Plague in India, 1896, 1897 - Volume 1
Year: 1896
Disease focus: Plague
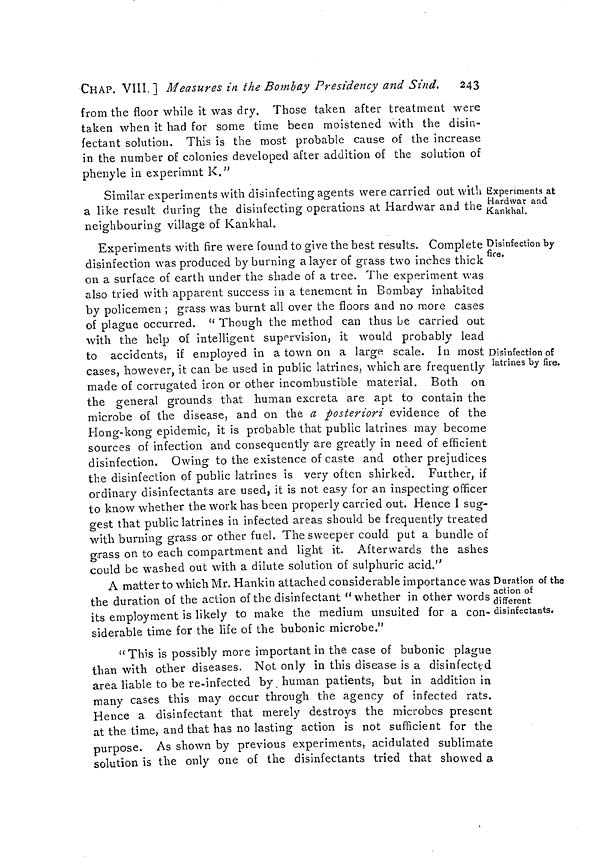
CHAP. VIII. ] Measures in the Bombay Presidency and Sind. 243
from the floor while it was dry. Those taken after treatment were
taken when it had for some time been moistened with the disin-
fectant solution. This is the most probable cause of the increase
in the number of colonies developed after addition of the solution of
phenyle in experimnt K."
Experiments at
Hardwar and
Kankhal.
Similar experiments with disinfecting agents were carried out with
a like result during the disinfecting operations at Hardwar and the
neighbouring village of Kankhal.
Disinfection by
fife.
Disinfection of
latrines by fire.
Experiments with fire were found to give the best results. Complete
disinfection was produced by burning a layer of grass two inches thick
on a surface of earth under the shade of a tree. The experiment was
also tried with apparent success in a tenement in Bombay inhabited
by policemen ; grass was burnt all over the floors and no more cases
of plague occurred. " Though the method can thus be carried out
with the help of intelligent supervision, it would probably lead
to accidents, if employed in a town on a large scale. In most
cases, however, it can be used in public latrines, which are frequently
made of corrugated iron or other incombustible material. Both on
the general grounds that human excreta are apt to contain the
microbe of the disease, and on the a posteriori evidence of the
Hong-kong epidemic, it is probable that public latrines may become
sources of infection and consequently are greatly in need of efficient
disinfection. Owing to the existence of caste and other prejudices
the disinfection of public latrines is very often shirked. Further, if
ordinary disinfectants are used, it is not easy for an inspecting officer
to know whether the work has been properly carried out. Hence I sug-
gest that public latrines in infected areas should be frequently treated
with burning grass or other fuel. The sweeper could put a bundle of
grass on to each compartment and light it. Afterwards the ashes
could be washed out with a dilute solution of sulphuric acid."
Duration of the
action of
different
disinfectants.
A matter to which Mr. Hankin attached considerable importance was
the duration of the action of the disinfectant " whether in other words
its employment is likely to make the medium unsuited for a con-
siderable time for the life of the bubonic microbe."
" This is possibly more important in the case of bubonic plague
than with other diseases. Not only in this disease is a disinfected
area liable to be re-infected by human patients, but in addition in
many cases this may occur through the agency of infected rats.
Hence a disinfectant that merely destroys the microbes present
at the time, and that has no lasting action is not sufficient for the
purpose. As shown by previous experiments, acidulated sublimate
solution is the only one of the disinfectants tried that showed a